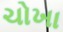
ચોખા